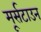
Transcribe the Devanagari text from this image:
मूर्सटाउन